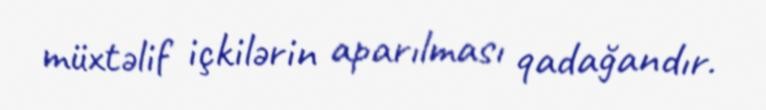
müxtəlif içkilərin aparılması qadağandır.